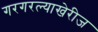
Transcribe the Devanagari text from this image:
गरगरल्याखेरीज